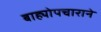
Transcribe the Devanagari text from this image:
बाह्योपचाराने